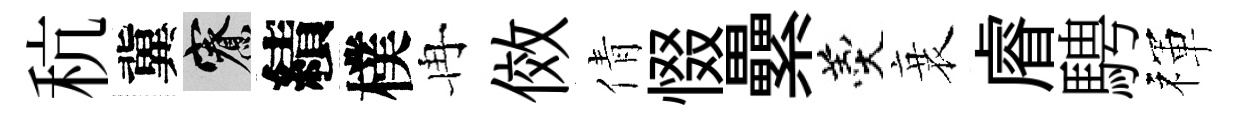
秔冀寮績樸冉傚倩惙纍羹衰𥈠騁禈